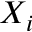
X _ { i }